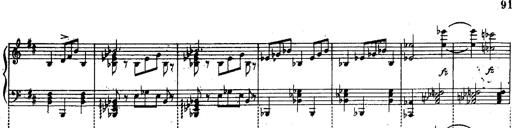
Title: Schubert's Impromptus [revised and edited by Franz Liszt]
Composer: Franz Liszt